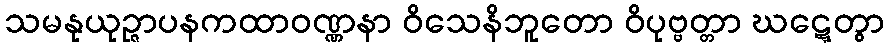
သမနုယုဉ္ဇာပနကထာဝဏ္ဏနာ ဝိသေနိဘူတော ဝိပုဗ္ဗတ္တာ ဃဋ္ဋေတွာ